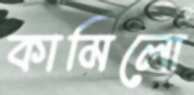
কামিলো